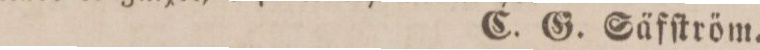
C. G. Säfſtröm.